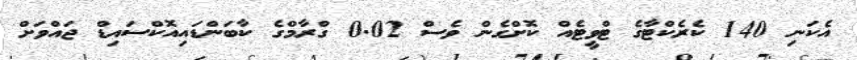
އެކަނި 140 ކެރެކްޓާގެ ޓްވީޓެއް ކޮށްގެން ވެސް 0.02 ގްރާމްގެ ކާބަންޑައިއޮކްސައިޑް ޖައްވަށް